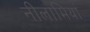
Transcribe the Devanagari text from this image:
नीलामियां